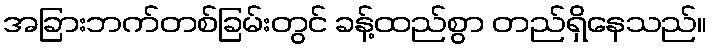
အခြားဘက်တစ်ခြမ်းတွင် ခန့်ထည်စွာ တည်ရှိနေသည်။